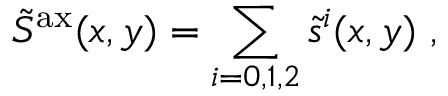
\tilde { S } ^ { \mathrm { a x } } ( x , y ) = \sum _ { i = 0 , 1 , 2 } \tilde { s } ^ { i } ( x , y ) \ ,